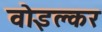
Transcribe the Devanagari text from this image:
वोइल्कर